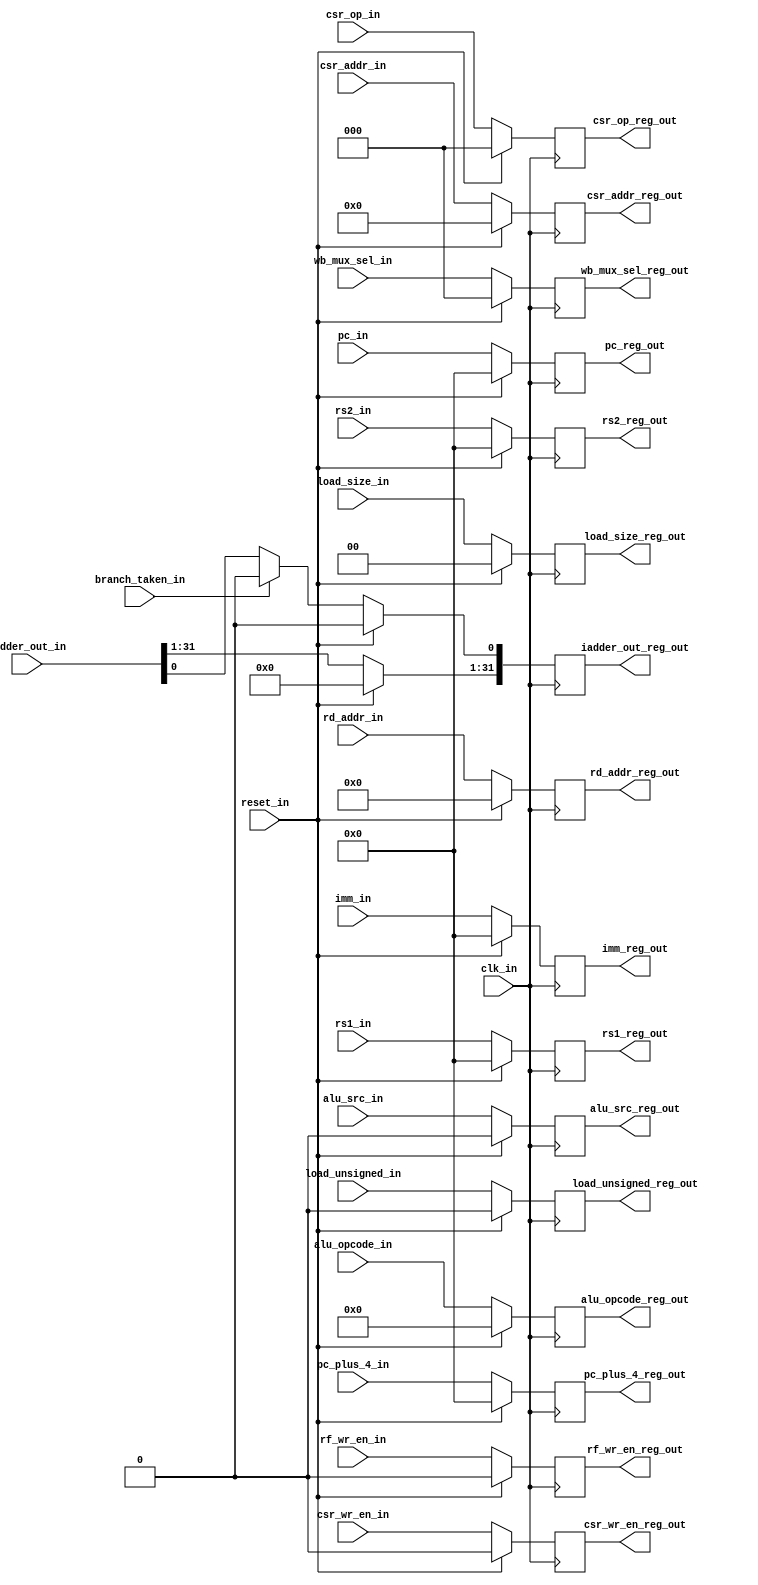
module msrv32_reg_block_2(clk_in, reset_in, branch_taken_in,rd_addr_in, csr_addr_in,rs1_in,rs2_in,pc_in,pc_plus_4_in,
alu_opcode_in,load_size_in,load_unsigned_in, alu_src_in,csr_wr_en_in,rf_wr_en_in,wb_mux_sel_in,csr_op_in, imm_in,iadder_out_in,rd_addr_reg_out,csr_addr_reg_out,rs1_reg_out,rs2_reg_out,pc_reg_out,pc_plus_4_reg_out,alu_opcode_reg_out, load_size_reg_out, load_unsigned_reg_out,alu_src_reg_out,csr_wr_en_reg_out, rf_wr_en_reg_out, wb_mux_sel_reg_out, csr_op_reg_out, imm_reg_out,iadder_out_reg_out);

input clk_in, reset_in, branch_taken_in;

input [4:0] rd_addr_in;
input [11:0] csr_addr_in;
input [31:0] rs1_in;
input [31:0] rs2_in;
input [31:0] pc_in;
input [31:0] pc_plus_4_in;
input [3:0] alu_opcode_in;
input [1:0] load_size_in;
input load_unsigned_in;
input alu_src_in;
input csr_wr_en_in;
input rf_wr_en_in;
input [2:0] wb_mux_sel_in;
input [2:0] csr_op_in;
input [31:0] imm_in;
input [31:0] iadder_out_in;

output reg [4:0] rd_addr_reg_out;
output reg [11:0] csr_addr_reg_out;
output reg [31:0] rs1_reg_out;
output reg [31:0] rs2_reg_out;
output reg [31:0] pc_reg_out;
output reg [31:0] pc_plus_4_reg_out;
output reg [3:0] alu_opcode_reg_out;
output reg [1:0] load_size_reg_out;
output reg load_unsigned_reg_out;
output reg alu_src_reg_out;
output reg csr_wr_en_reg_out;
output reg rf_wr_en_reg_out;
output reg [2:0] wb_mux_sel_reg_out;
output reg [2:0] csr_op_reg_out;
output reg [31:0] imm_reg_out;
output reg [31:0] iadder_out_reg_out;

always@(posedge clk_in)
begin
	if(reset_in)
	begin
		rd_addr_reg_out <= 5'h0;
		csr_addr_reg_out <= 12'h0;
		rs1_reg_out <= 32'h0;
		rs2_reg_out <= 32'h0;
		
		pc_reg_out <= 32'h0;
		pc_plus_4_reg_out <= 32'h0;
		
		alu_opcode_reg_out <= 4'h0;
		load_size_reg_out <= 2'h0;
		load_unsigned_reg_out <= 1'b0;
		
		alu_src_reg_out <= 1'b0;
		csr_wr_en_reg_out <= 1'b0;
		rf_wr_en_reg_out <= 1'b0;
		
		wb_mux_sel_reg_out <= 3'd0;
		csr_op_reg_out <= 3'd0;
		
		imm_reg_out <= 32'h0;
		iadder_out_reg_out <= 32'h0;
	end
	else
	begin
		rd_addr_reg_out <= rd_addr_in;
		csr_addr_reg_out <= csr_addr_in;
		rs1_reg_out <= rs1_in;
		rs2_reg_out <= rs2_in;
		
		pc_reg_out <= pc_in;
		pc_plus_4_reg_out <= pc_plus_4_in;
		
		alu_opcode_reg_out <= alu_opcode_in;
		load_size_reg_out <= load_size_in;
		load_unsigned_reg_out <= load_unsigned_in;
		
		alu_src_reg_out <= alu_src_in;
		csr_wr_en_reg_out <= csr_wr_en_in;
		rf_wr_en_reg_out <= rf_wr_en_in;
		
		wb_mux_sel_reg_out <= wb_mux_sel_in;
		csr_op_reg_out <= csr_op_in;
		
		imm_reg_out <= imm_in;
		iadder_out_reg_out [31:1] <= iadder_out_in[31:1];
		iadder_out_reg_out [0] <= branch_taken_in ? 1'b0 : iadder_out_in[0];
	end
end
	
endmodule